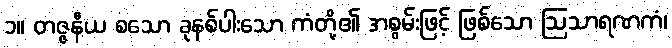
၁။ တဇ္ဇနီယ စသော ခုနစ်ပါးသော ကံတို့၏ အစွမ်းဖြင့် ဖြစ်သော ဩသာရဏကံ၊